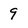
Character: 9